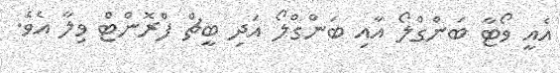
އެއީ ވޯޓާ ބަންގްލޯ އާއި ބަންގްލޯ އަދި ބީޗް ފްރޮންޓް ވިލާ އެވެ.